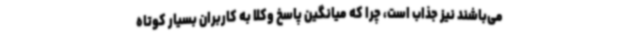
می‌باشند نیز جذاب است، چرا که میانگین پاسخ وکلا به کاربران بسیار کوتاه